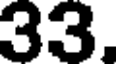
33.